Bréfritari: Sigríður Pálsdóttir
Viðtakandi: Páll Pálsson
Dagsetning: A-1867-10-05
Skrifað á: Breiðabólsstað  Rang.
Páll var bróðir Sigríðar

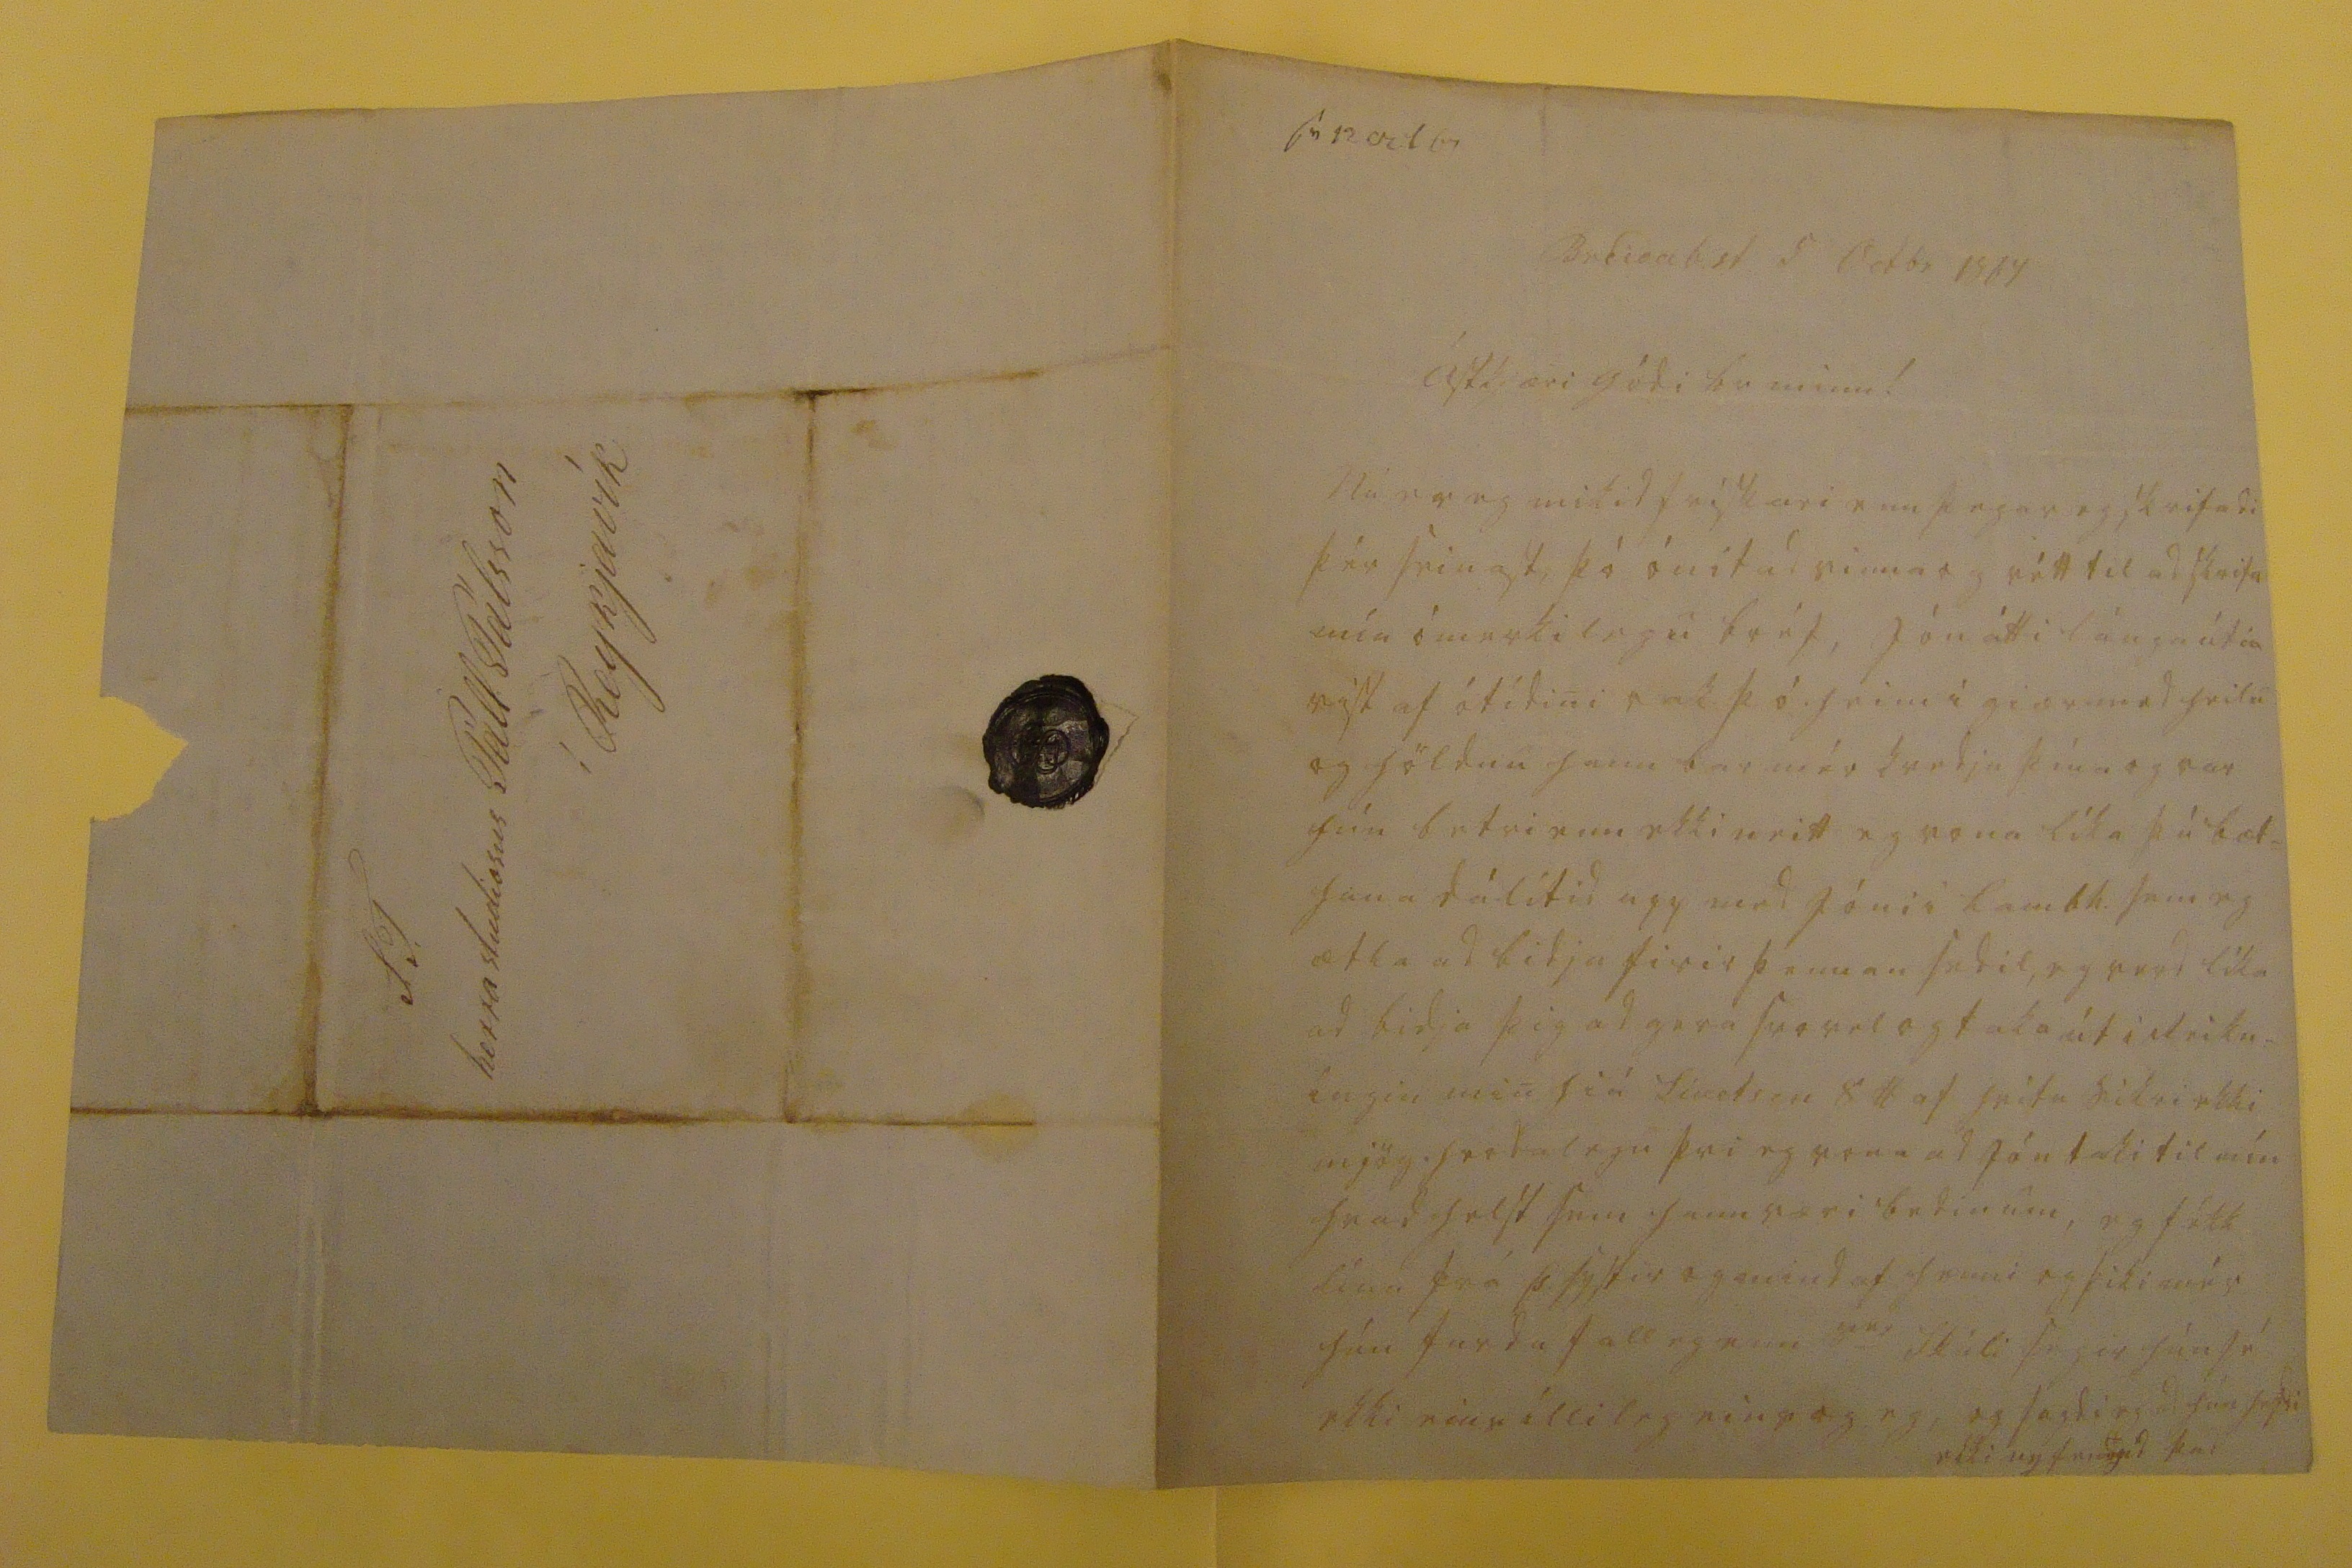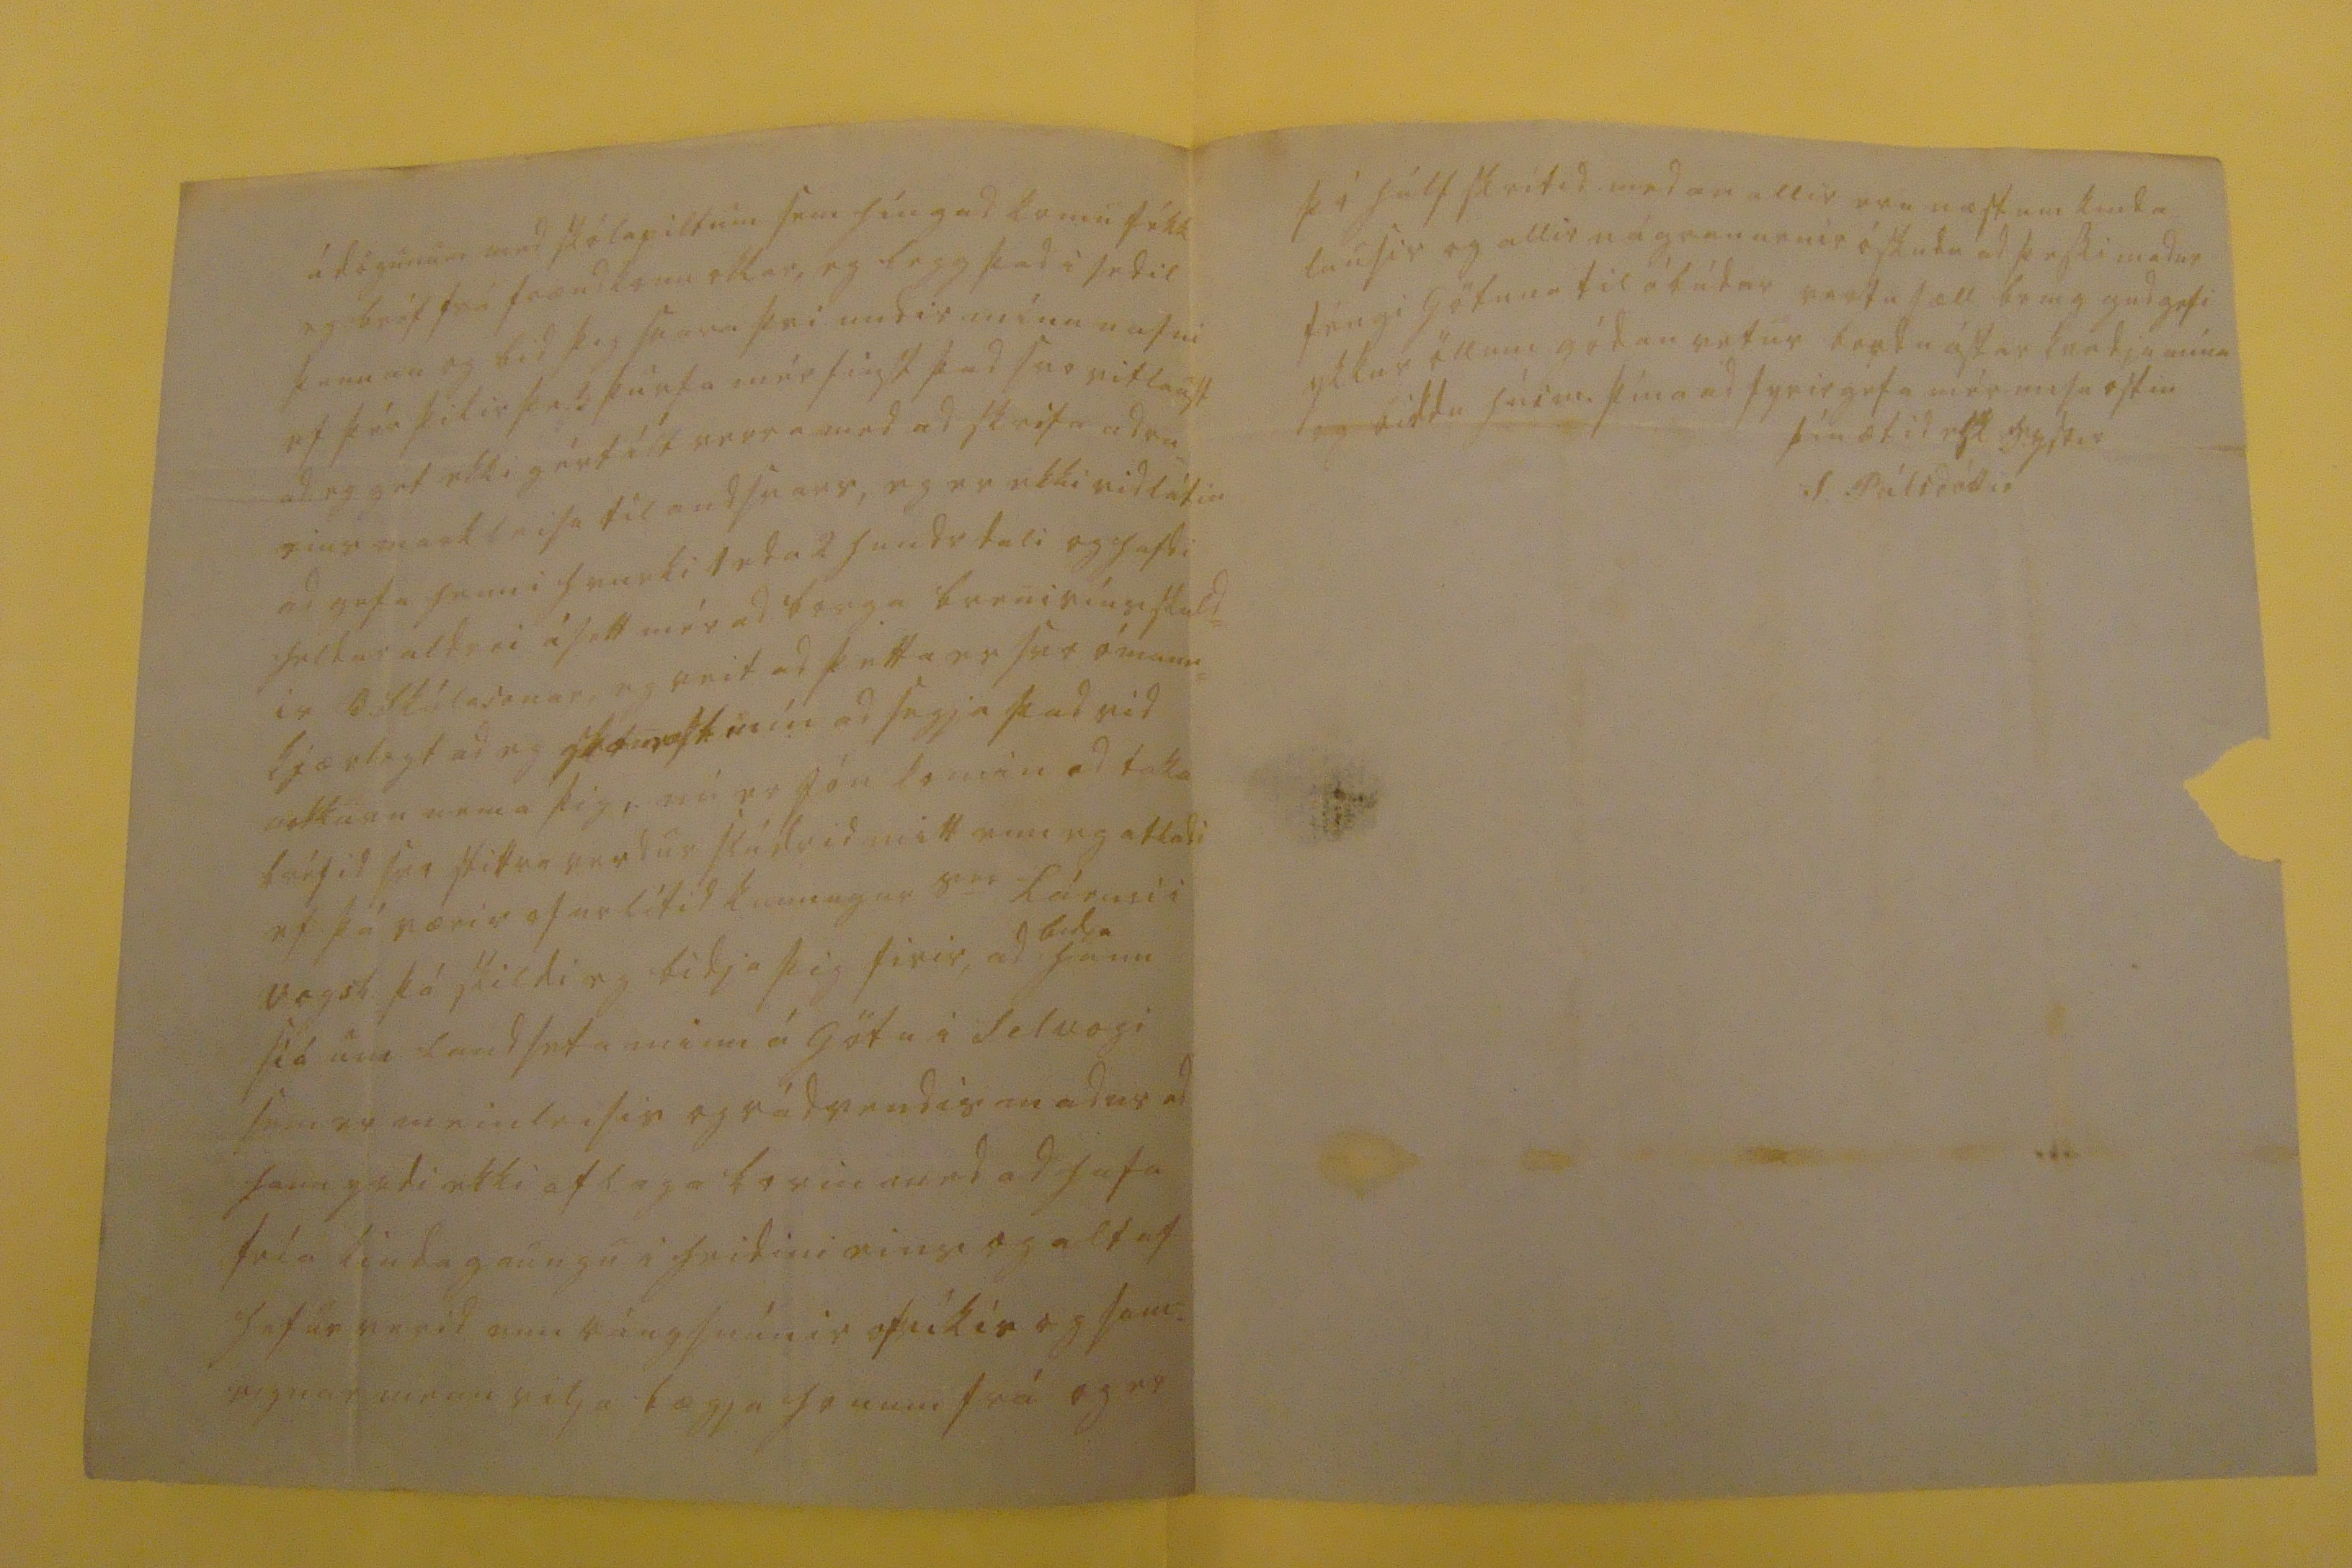

sv 12 Oct 67
Breidab.st. 5 Octbr 1867
ástkjæri gódi br minn!
Nú er eg mikid frískari enn þegar eg skrifadi þér seinast, þó ónit ad vinna og rétt til ad skrifa mín ómerkilegu bréf, Jón átti lánga úti= vist af ótídini rak þó heim i giær med heilu og höldnu hann bar mér kvedju þína og var hún betri enn ekki neitt eg vona líka þú bæt= hana dálítid upp med Jóni i Lambh. sem eg ætla ad bidja firir þennan sedil, eg verd líka ad bidja þig ad gera svo vel og taka út i Reikn= íngin min hiá Sivertsen 8 lb af hvitu sikri ekki mjög hrodalegu þvi eg vona ad Jón taki til mín hvad helst sem hann væri bedin um, eg fékk línu frá Þ. systir og mind af henni og þiki mér hún ferda falleg enn s
er
Skúli segir hún sé ekki eins íllileg eins og eg, og sagdi eg ad hún hefdi ekki nyfeingid þas
á dögunum med skólapiltum sem híngad komu fékk eg bréf frá frændkonu okkar, eg legg þad i sedil þennan og bid þig svara þvi undir mínu nafni ef þér þikir þess þurfa mér finst þad svo vitlaust ad eg get ekki gért ílt verra med ad skrifa adra eins markleisu til andsvars, eg er ekki vidlátin ad gefa henni hvurki 1 eda 2 hundr dali og hafdi heldur aldrei ásett mér ad borga brenivínsskuld= ir B. Skúlasonar, eg veit ad þetta er svo ómann= kjærlegt ad eg
skamast
mín ad segja þad vid nokkurn nema þig, nú er Jón komin ad taka bréfid svo stittra verdur slúdrir mitt enn eg atladi ef þú værir ofurlítid kunnugur s
er
Lárusi i Vogsh. þá skildi eg bidja þig firir, ad
bidja
hann siá um landseta minn á Götu i Selvogi sem er meinleisin og rádvendis madur ad hann yrdi ekki aflaga borin med ad hafa fría kinda gaungu i heidini eins og altaf hefur verid enn rángsnúnir ofríkis og sam= eignar menn vilja bægja honum frá og er
þó hálf skrítid medan allir eru næstum kinda lausir og allir nágranarnir óskudu ad þessi madur féngi Götuna til ábúdar vertu sæll br m g gud gefi ykkur öllum gódan vetur berdu ástar kvedju mína og biddu húsm. þína ad fyrirgefa mér misu ostin
þín ætid elsk systir
S. Pálsdóttir
S T. herra studiosus Páll Pálsson í Reykjavík